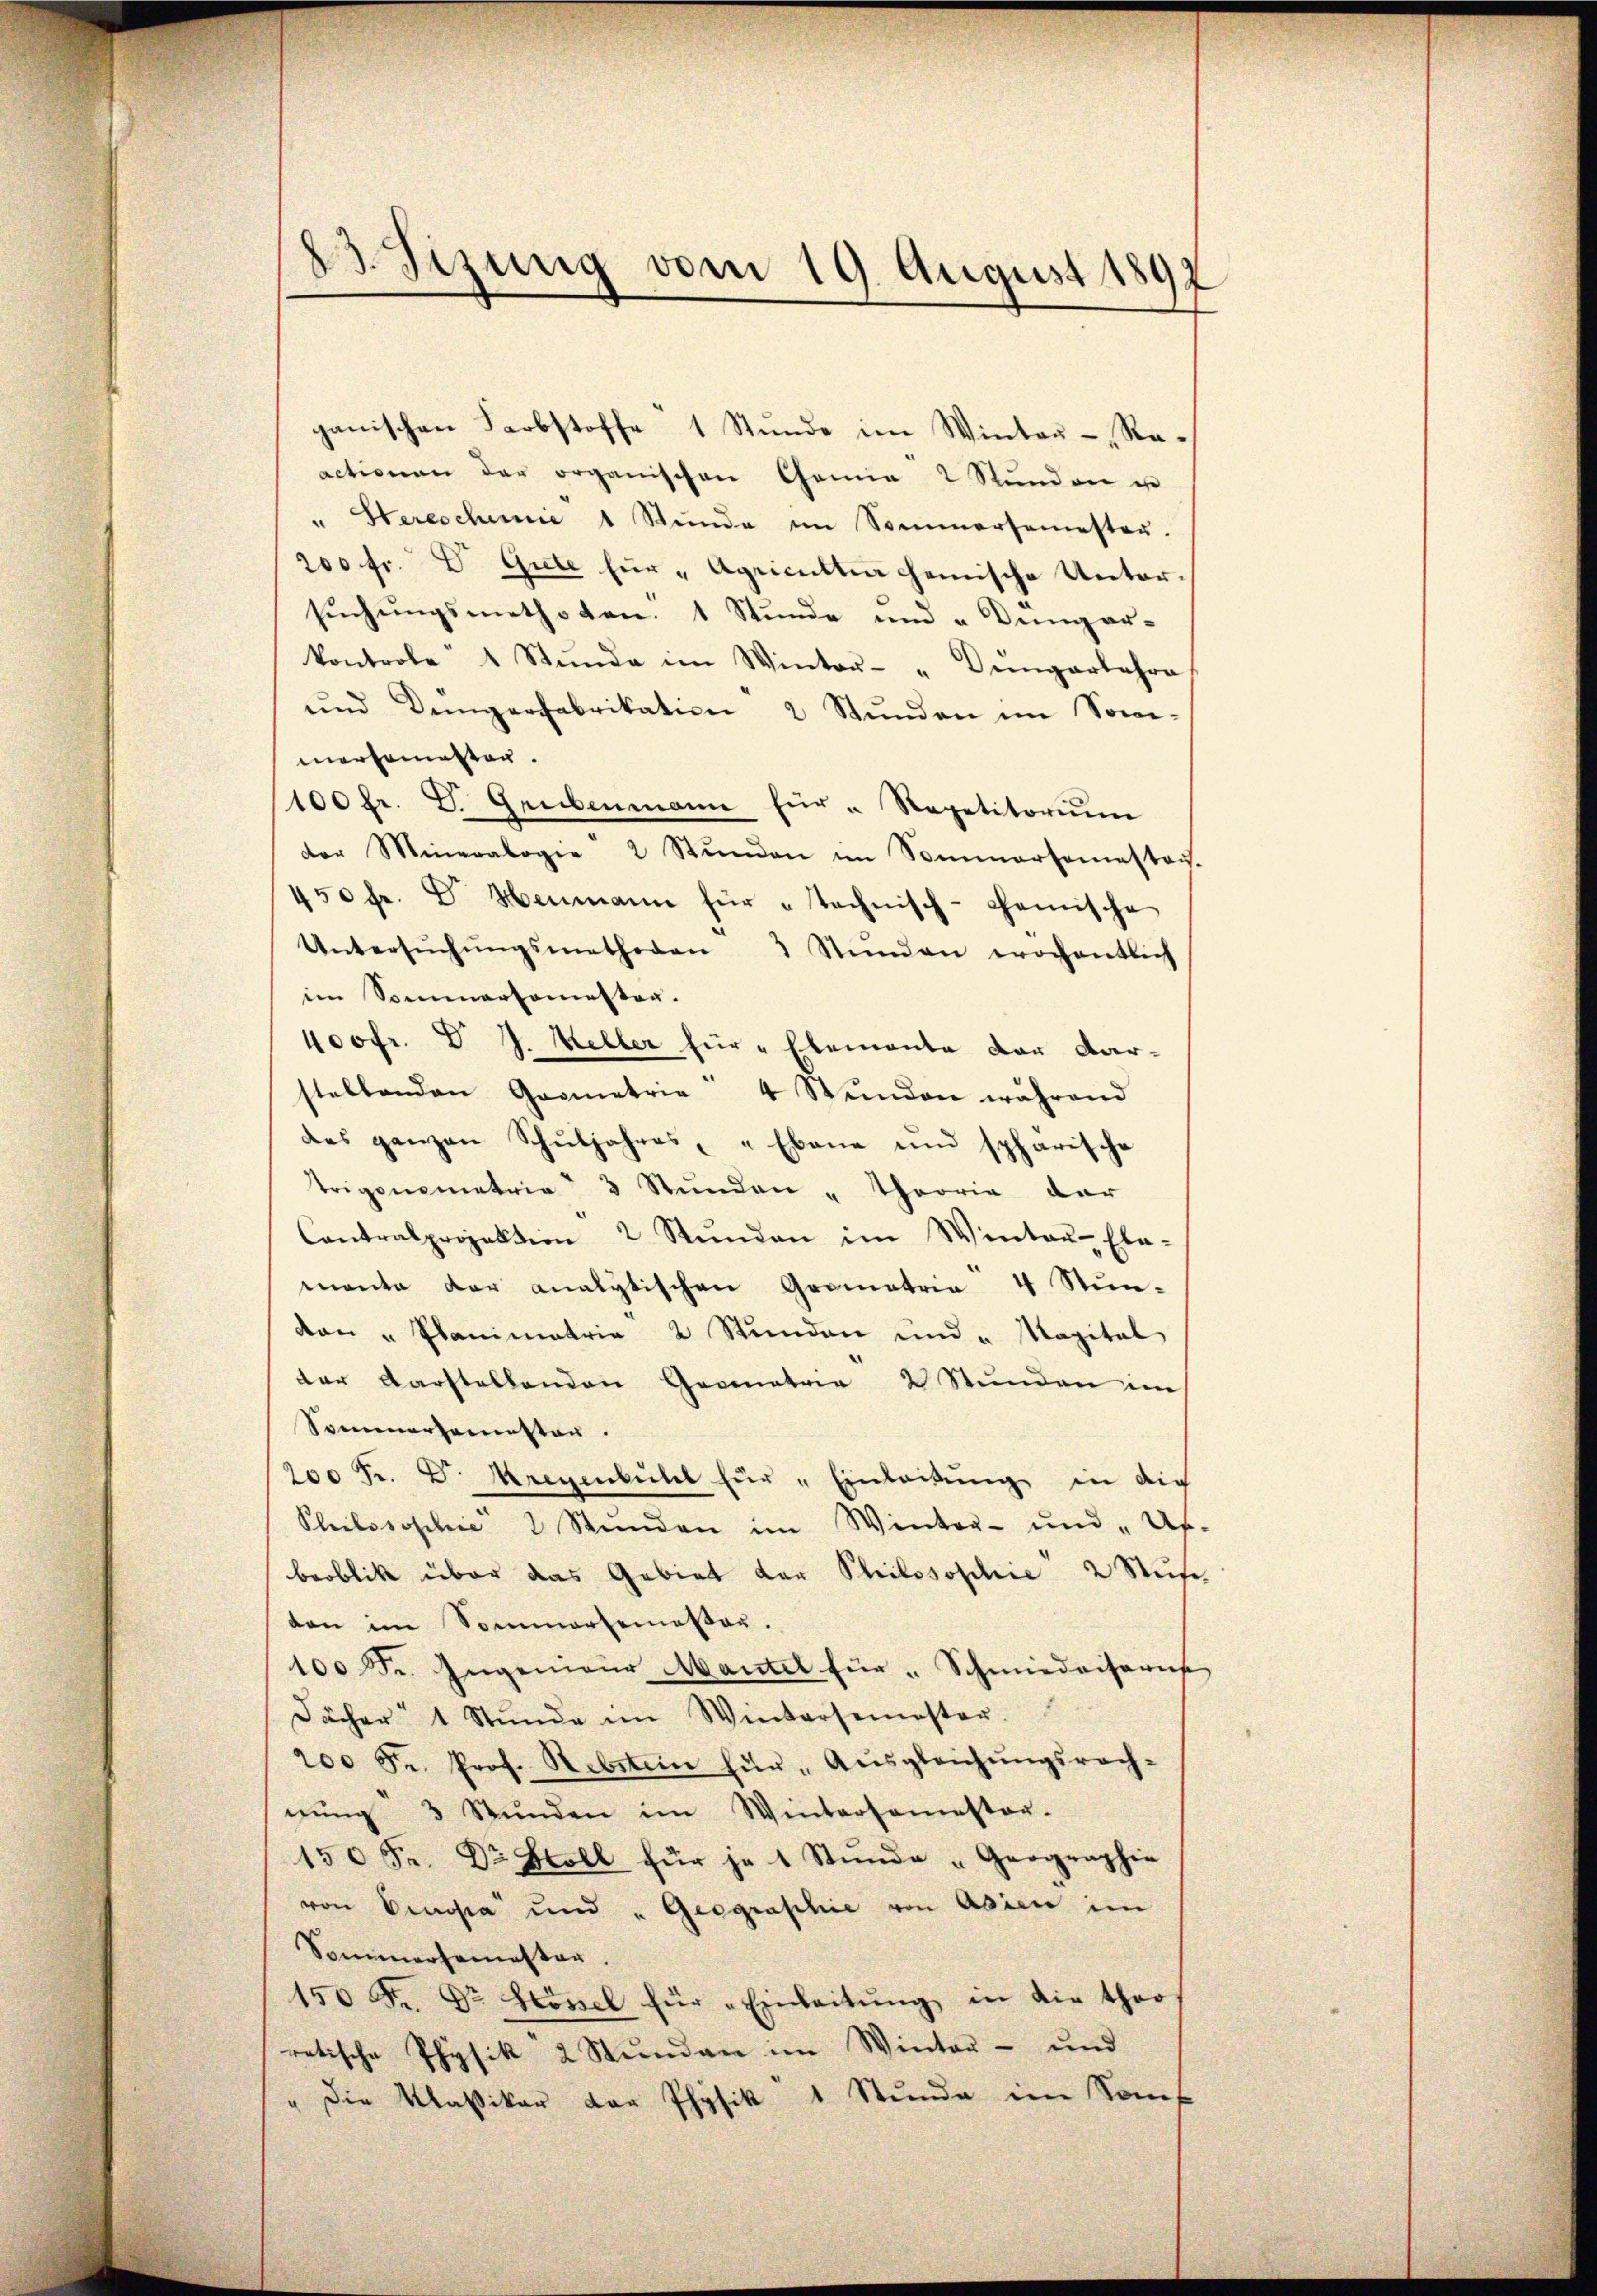
83 Jizung vom 19. August 1897

ganischen Farbstoffe 1 Stŭnde im Winter-Reactionen der organischen Cannia 2 Stŭnden un
Stereschinie 1 Stunde im Sommersemester.
200 fr. D. Gute für „Agriculten gemische Untersŭchŭngsmethoden. 1 Stŭnde und " Dünger-
kontrole 4 Stunde im Winter- " Düngerlehre
ŭnd Demperfabrikation 2 Stŭnden im Sowi-
merhamasten.
(100 fr. d. Geŭbenmann für " Repetitorium
der Mineralogie 2 Stŭnden im Sommersemester.
450 fr. Dr. Heumann für technisch-gemische
Untersŭchŭngsmethoden 3 Stunden wochentlich
im Sommersemester.
400fr. V. J. Keller für „Elemente der Aar-
stellenden Geometrie 4 Stŭnden während
des ganzen Schŭljahres, " Ebene und sphärische
Trigonometrie 3 Stŭnden " Theorie dar
Contralprojektion 2 Stŭnden im Winter-Ele-
manta der analytischen Grometrie 4 Stun-
dan " Planimatria 2 Stunden und " Magital
der Darstellenden Geometrie 2 Stunden im
Somenersemester.
200 Fr. D. Mregenbühl für „Einleitŭng in die
Pleilosophie 2 Stŭnden im Winter- und „Ur-
beoblik über das Gebiet der Philosophie 2 Stufe,
don im Sommersemesser.
100 Fr. Ingenieur Mantel für Schmiedvisoris
Dächer 1 Stŭnde im Wintersemester.
200 Fr. Prof. Rebstein für Aŭsgleichŭngsrech-
nŭng 3 Stŭnden im Wintersemester-
150 Fr. Dr. Stoll für je 1 Stŭnde "Geographie
von Propa und "Geographie von Asien im
Sommersemester.
150 Fr. Dr Hösel für „Einleitŭng in die theo
retische Physik 2 Stunden im Winter- und
" die Massiker der Physik 1 Stŭnde im Sof